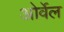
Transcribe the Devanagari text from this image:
ओर्वेल